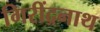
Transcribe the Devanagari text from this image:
गिरींद्रनाथ